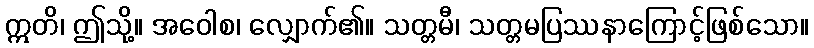
ဣတိ၊ ဤသို့။ အဝေါစ၊ လျှောက်၏။ သတ္တမီ၊ သတ္တမပြဿနာကြောင့်ဖြစ်သော။